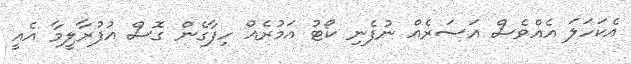
އެކަހަލަ އެއްވެސް އަސަރެެއް ނުފެނި ކޯޓު އަމުރެއް ހިފާގެން ގޮސް އުފުރާލީމާ އެއީ